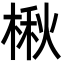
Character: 楸